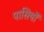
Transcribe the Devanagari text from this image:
पासियों